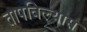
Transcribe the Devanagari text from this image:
तापविल्यास